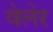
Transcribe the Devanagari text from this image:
वेलेर